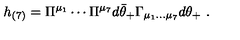
h _ { ( 7 ) } = \Pi ^ { \mu _ { 1 } } \cdots \Pi ^ { \mu _ { 7 } } d \bar { \theta } _ { + } \Gamma _ { \mu _ { 1 } \dots \mu _ { 7 } } d \theta _ { + } \ .